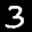
Label: 3